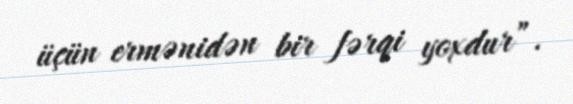
üçün ermənidən bir fərqi yoxdur”.